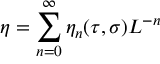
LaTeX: \eta = \sum _ { n = 0 } ^ { \infty } \eta _ { n } ( \tau , \sigma ) L ^ { - n }